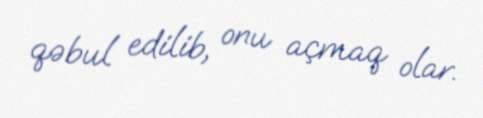
qəbul edilib, onu açmaq olar.